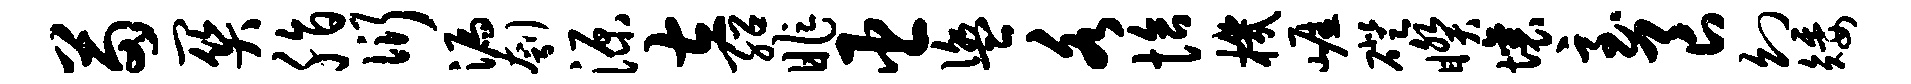
苗关脂衍漏刳源左绍昨臣盥各恰机崖磴睽壤至良幻矮